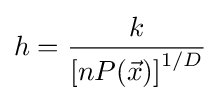
h={\frac {k}{\left[nP({\vec {x}})\right]^{1/D}}}